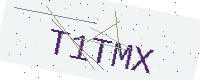
Text: T1TMX